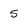
Character: 5